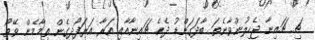
ޗި. ޗައިނާ ޖެހިލުންވާނެތަ ބާދަގަންޑު ދެކެ. ޗައިނާއާއި އަރާ އަރަފޯދިގެން ތިމާމެން ވޭތޯ